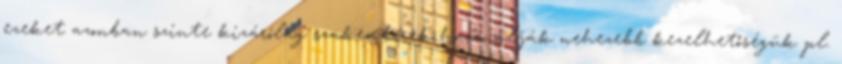
ezeket azonban szinte kizárólag szakemberek használják nehezebb kezelhetőségük pl.